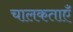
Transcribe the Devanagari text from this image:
चालकताएँ